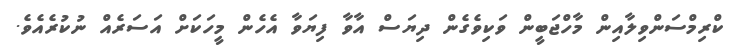
ކްރިމްސަންވިލާއިން މާހްޖަބީން ވަކިވެގެން ދިޔަސް އާވާ ފިޔަވާ އެހެން މީހަކަށް އަސަރެއް ނުކުރެއެވެ.